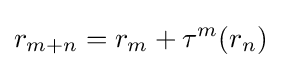
r_{m+n}=r_{m}+\tau ^{m}(r_{n})